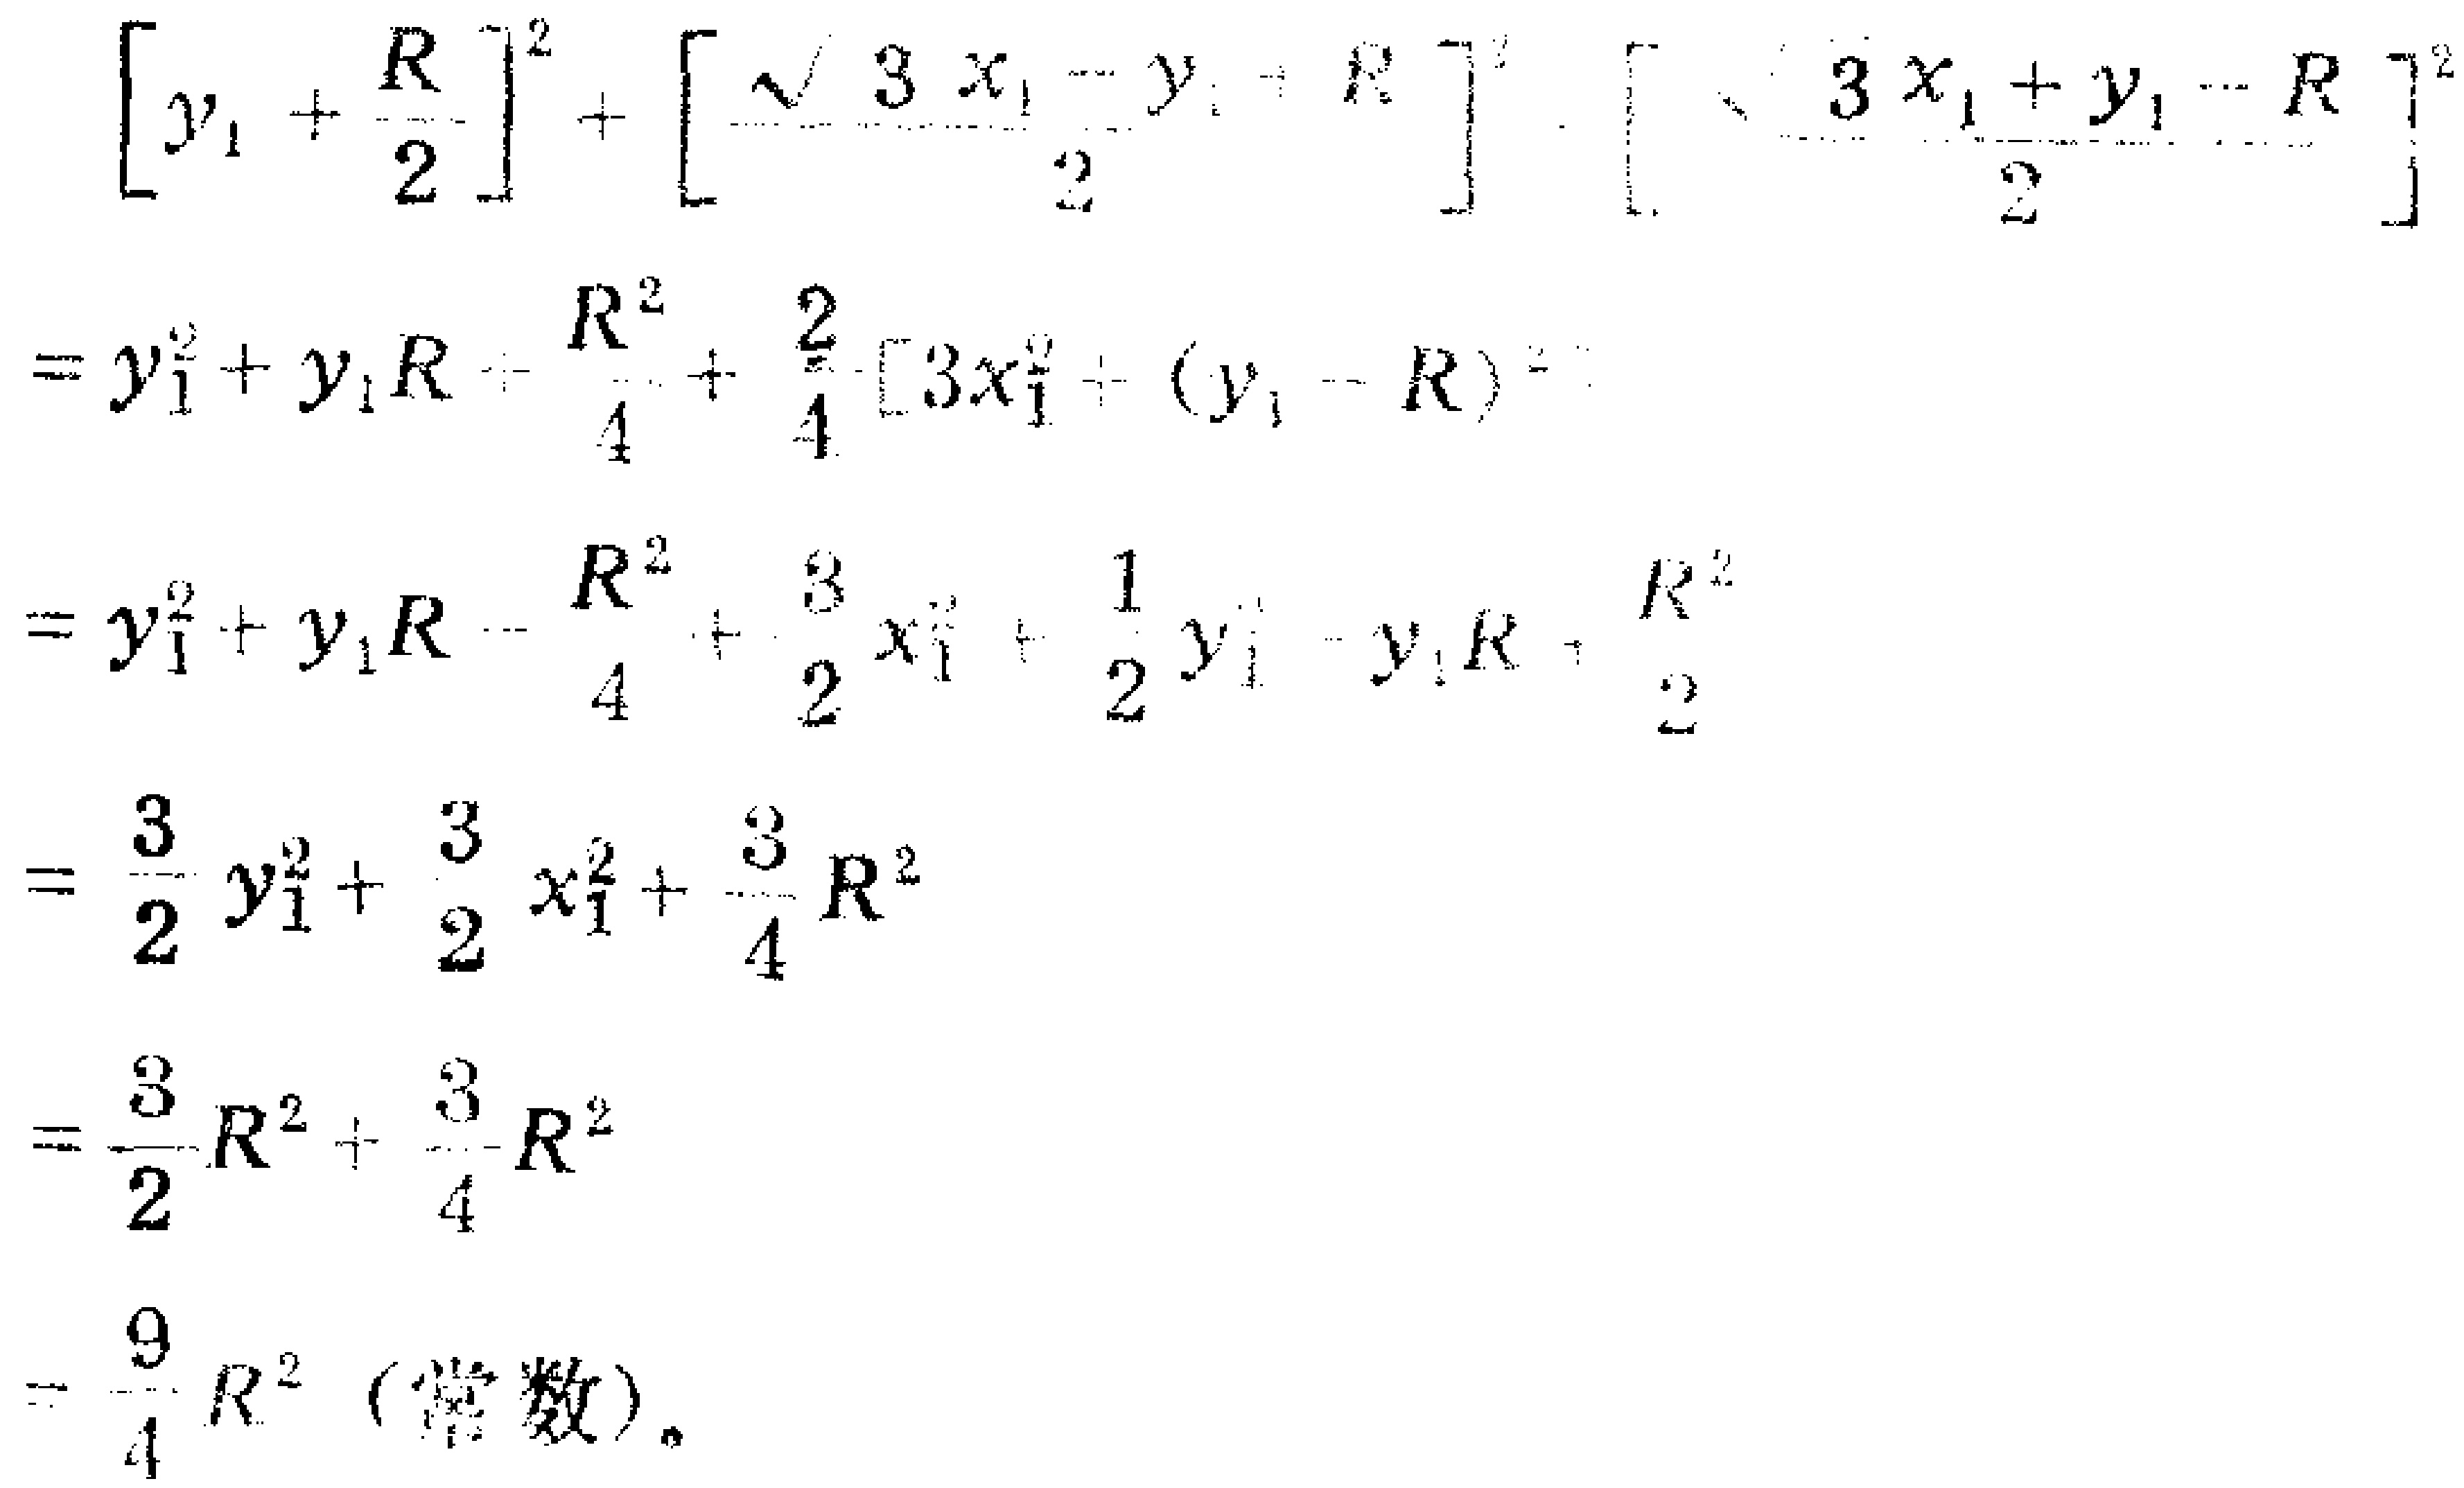
\[
\begin{align*}
&\left[y_{1}+\frac{R}{2}\right]^{2}+\left[\frac{\sqrt{3}x_{1}-y_{1}+R}{2}\right]^{2}+\left[\frac{\sqrt{3}x_{1}+y_{1}-R}{2}\right]^{2}\\
=&y_{1}^{2}+y_{1}R+\frac{R^{2}}{4}+\frac{1}{4}\left[3x_{1}^{2}+(y_{1}-R)^{2}\right]\\
=&y_{1}^{2}+y_{1}R+\frac{R^{2}}{4}+\frac{3}{2}x_{1}^{2}+\frac{1}{2}y_{1}^{2}-y_{1}R+\frac{R^{2}}{2}\\
=&\frac{3}{2}y_{1}^{2}+\frac{3}{2}x_{1}^{2}+\frac{3}{4}R^{2}\\
=&\frac{3}{2}R^{2}+\frac{3}{4}R^{2}\\
=&\frac{9}{4}R^{2}\ (\text{常数})。
\end{align*}
\]